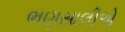
ભણસાલીએ